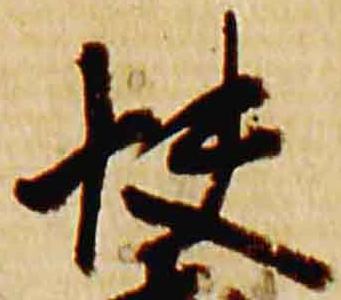
快